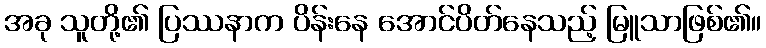
အခု သူတို့၏ ပြဿနာက ပိန်းနေ အောင်ပိတ်နေသည့် မြူသာဖြစ်၏။